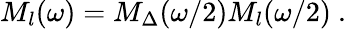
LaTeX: M_{l}(\omega)=M_{\Delta}(\omega/2)M_{l}(\omega/2)\ .